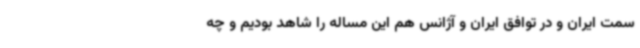
سمت ایران و در توافق ایران و آژانس هم این مساله را شاهد بودیم و چه